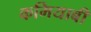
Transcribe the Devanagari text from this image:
कमियाबी